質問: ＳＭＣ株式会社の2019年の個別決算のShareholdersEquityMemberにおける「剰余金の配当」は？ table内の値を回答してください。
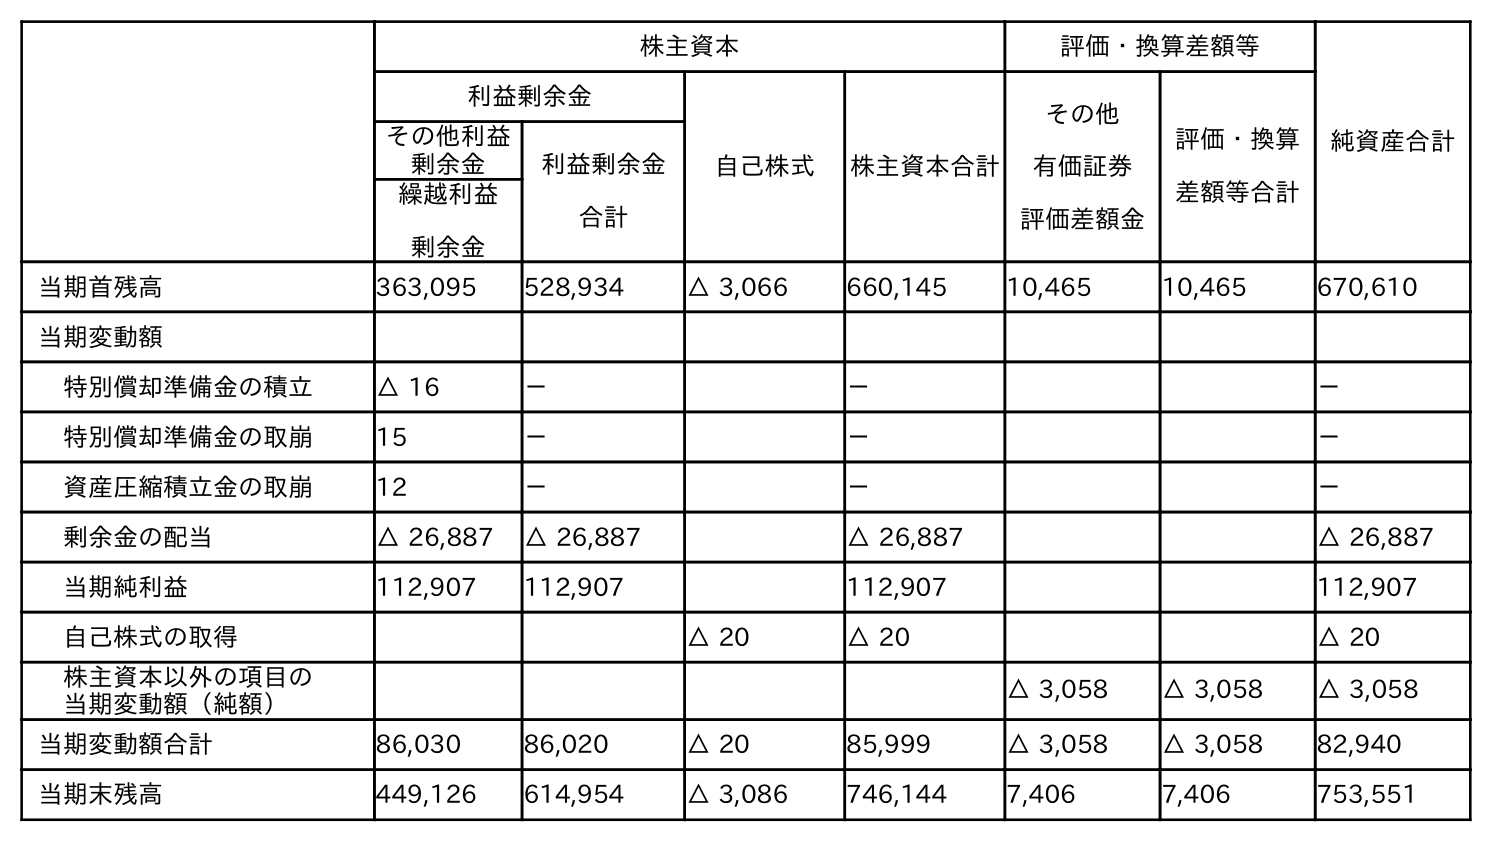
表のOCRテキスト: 株主資本 評価・換算差額等 純資産合計 利益剰余金 自己株式 株主資本合計 その他 有価証券 評価差額金 評価・換算 差額等合計 その他利益 剰余金 利益剰余金 合計 繰越利益 剰余金 当期首残高 363,095 528,934 △ 3,066 660,145 10,465 10,465 670,610 当期変動額 特別償却準備金の積立 △ 16 － － － 特別償却準備金の取崩 15 － － － 資産圧縮積立金の取崩 12 － － － 剰余金の配当 △ 26,887 △ 26,887 △ 26,887 △ 26,887 当期純利益 112,907 112,907 112,907 112,907 自己株式の取得 △ 20 △ 20 △ 20 株主資本以外の項目の 当期変動額（純額） △ 3,058 △ 3,058 △ 3,058 当期変動額合計 86,030 86,020 △ 20 85,999 △ 3,058 △ 3,058 82,940 当期末残高 449,126 614,954 △ 3,086 746,144 7,406 7,406 753,551
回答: △26,887